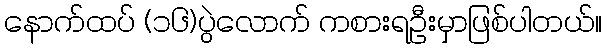
နောက်ထပ် (၁၆)ပွဲလောက် ကစားရဦးမှာဖြစ်ပါတယ်။